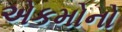
એકમોનો